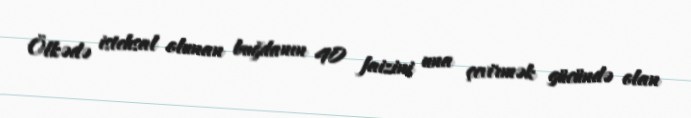
Ölkədə istehsal olunan buğdanın 40 faizini una çevirmək gücündə olan